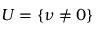
U = \{ \nu \neq 0 \}